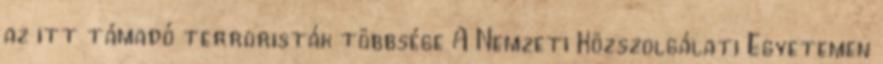
az itt támadó terroristák többsége A Nemzeti Közszolgálati Egyetemen